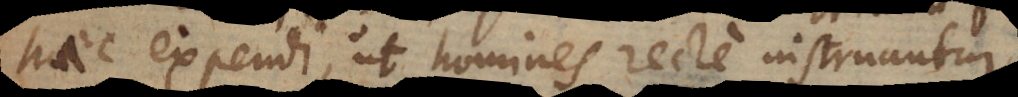
haec expendi, ut homines recte instruantur.